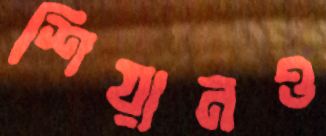
শিয়ানও